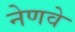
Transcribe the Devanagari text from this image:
नेणवे